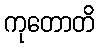
ကုတောတိ